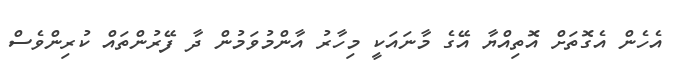
އެހެން އެގޮތަށް އޮތިއްޔާ އޭގެ މާނައަކީ މިހާރު އާންމުވަމުން ދާ ފޭރުންތައް ކުރިންވެސް